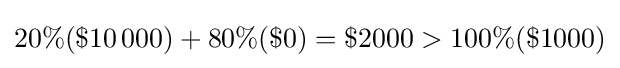
20\%(\$10\,000)+80\%(\$0)=\$2000>100\%(\$1000)